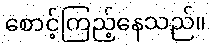
စောင့်ကြည့်နေသည်။